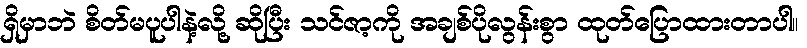
ရှိမှာဘဲ စိတ်မပူပါနဲ့လို့ ဆိုပြီး သင်ဇာ့ကို အချစ်ပိုလွန်းစွာ ထုတ်ပြောထားတာပါ။